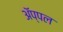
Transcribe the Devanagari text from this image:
अॅप्पल